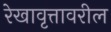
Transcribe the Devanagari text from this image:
रेखावृत्तावरील